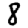
Digit: 8